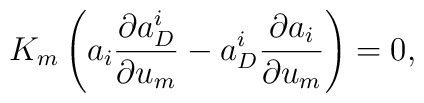
K_m\left(a_i \frac{\partial a_D^i}{\partial u_m}- a_D^i \frac{\partial a_i}{\partial u_m} \right)=0,